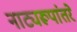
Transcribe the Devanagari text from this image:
नाट्यरूपांतरे